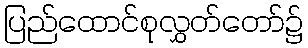
ပြည်ထောင်စုလွှတ်တော်၌